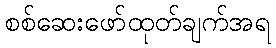
စစ်ဆေးဖော်ထုတ်ချက်အရ